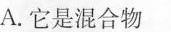
A.它是混合物